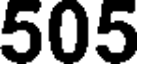
505